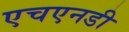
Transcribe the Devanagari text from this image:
एचएनडी